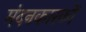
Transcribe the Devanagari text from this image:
मंदनकारकों